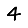
Digit: 4